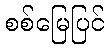
စစ်မြေပြင်